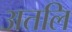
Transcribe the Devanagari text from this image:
अतलि